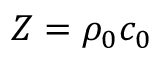
Z = \rho _ { 0 } c _ { 0 }